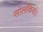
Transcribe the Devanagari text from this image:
सोलंकियां।